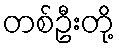
တစ်ဦးတို့